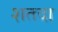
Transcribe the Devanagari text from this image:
शतदा